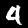
Label: 4